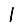
Digit: 1